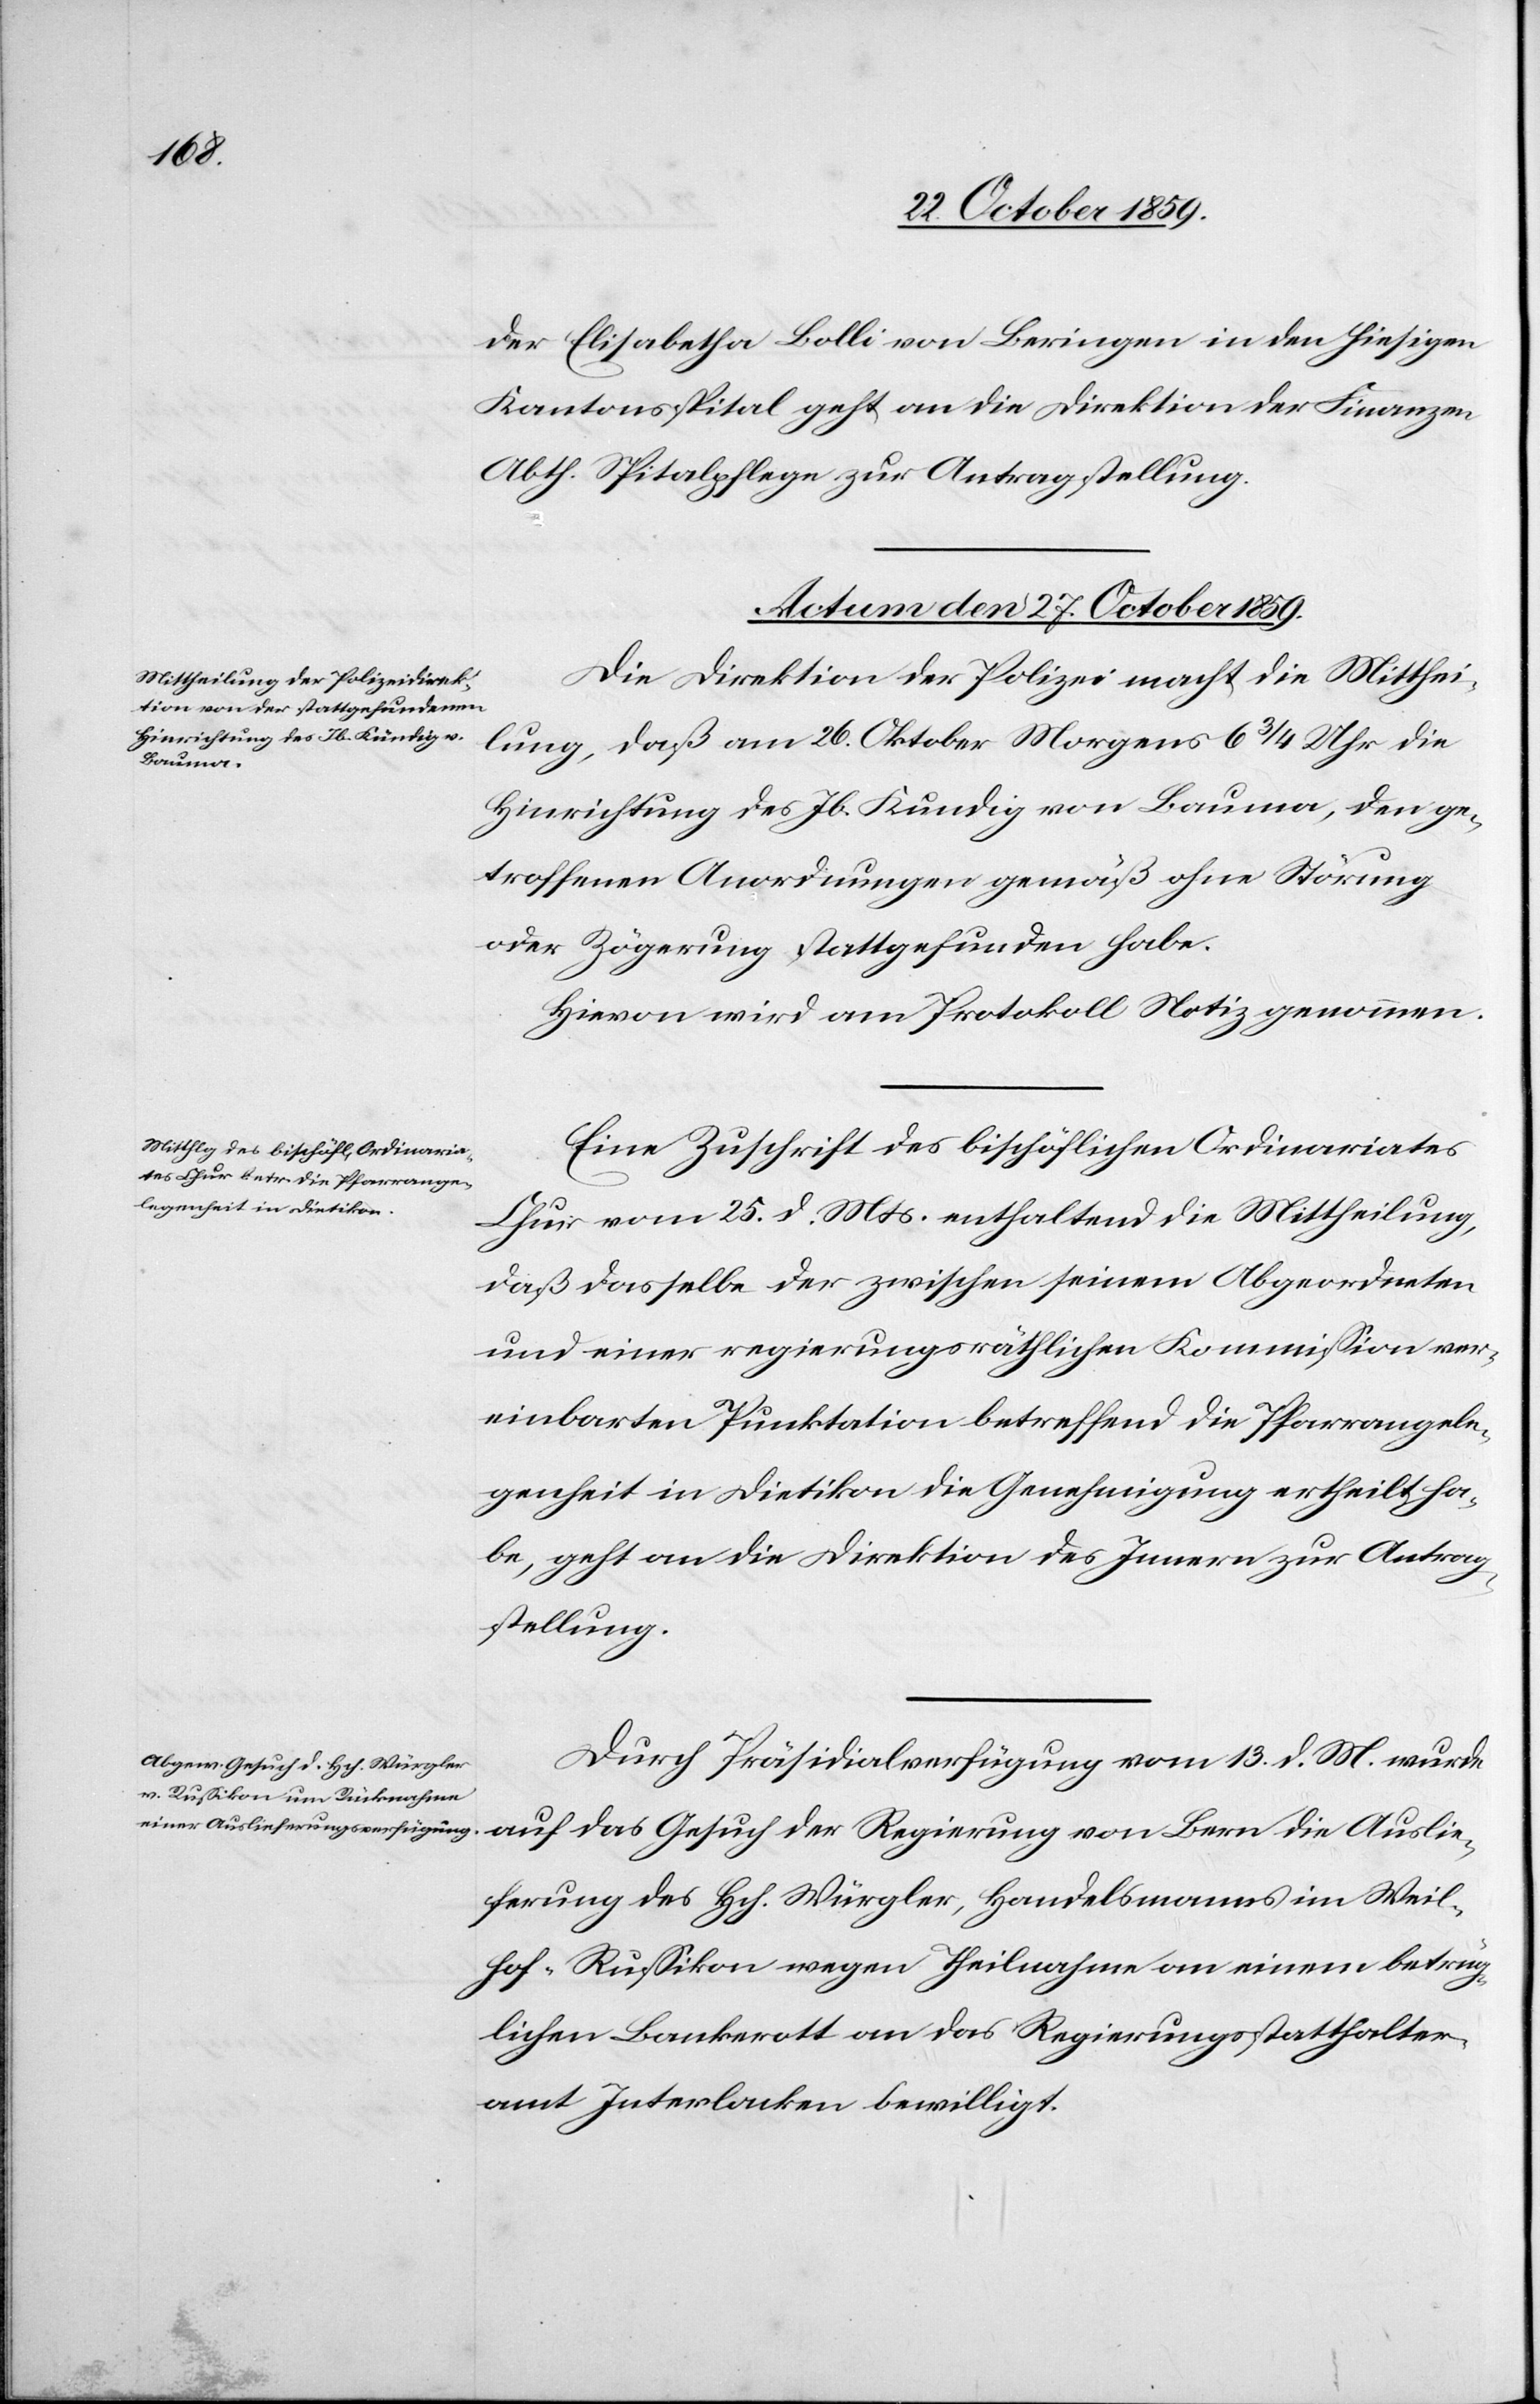
27. October 1859.]
der Elisabetha Bolli von Beringen in den hiesigen
Kantonsspital geht an die Direktion der Finanzen
Abth. Spitalpflege zur Antragstellung.
Die Direktion der Polizei macht die Mitthei¬
Hinrichtung des Jb. Kundig
lung, daß am 26. Oktober Morgens 6 3/4 Uhr die
Bauma,
troffenen Anordnungen gemäß ohne Störung
oder Zögerung stattgefunden habe.
Hievon wird am Protokoll Notiz genommen.
Eine Zuschrift des bischöflichen Ordinariats
Auslie¬
Chur vom 25. d. Mts. enthaltend die Mittheilung,
daß dasselbe der zwischen seinem Abgeordneten
und einer regierungsräthlichen Kommission ver¬
einbarten Punktation betreffend die Pfarrangele¬
genheit in Dietikon die Genehmigung ertheilt ha¬
be, geht an die Direktion des Innern zur Antrag¬
stellung.
Durch Präsidialverfügung vom 13. d. M. wurde
ferung des Hch. Würgler, Handelsmanns im Weil¬
hof-Russikon wegen Theilnahme an einem betrüg¬
lichen Bankerott an das Regierungsstatthalter¬
amt Interlaken bewilligt.